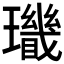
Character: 𤪫